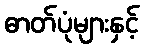
ဓာတ်ပုံများနှင့်